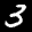
Label: 3